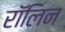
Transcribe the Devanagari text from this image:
रॉलिन